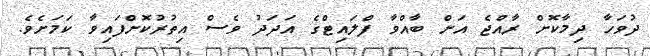
ދުވަހާ ދިމާކޮށް ރާއްޖެ އަށް ބާއްވާ ފްލައިޓްގެ އަދަދު ވެސް އިތުރުކޮށްފައިވާ ކަމަށެވެ.